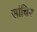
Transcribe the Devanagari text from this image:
सांचिर